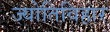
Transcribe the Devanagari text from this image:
ज्योतिविहार